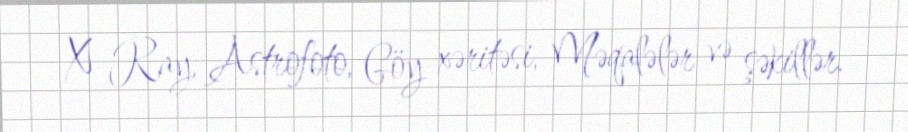
X-Ray, Astrofoto, Göy xəritəsi, Məqalələr və şəkillər.